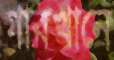
গাবখানে